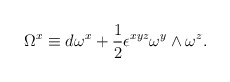
\begin{align*}\Omega^x \equiv d\omega^x +{1\over 2}\epsilon^{xyz}\omega^y\wedge\omega^z.\end{align*}